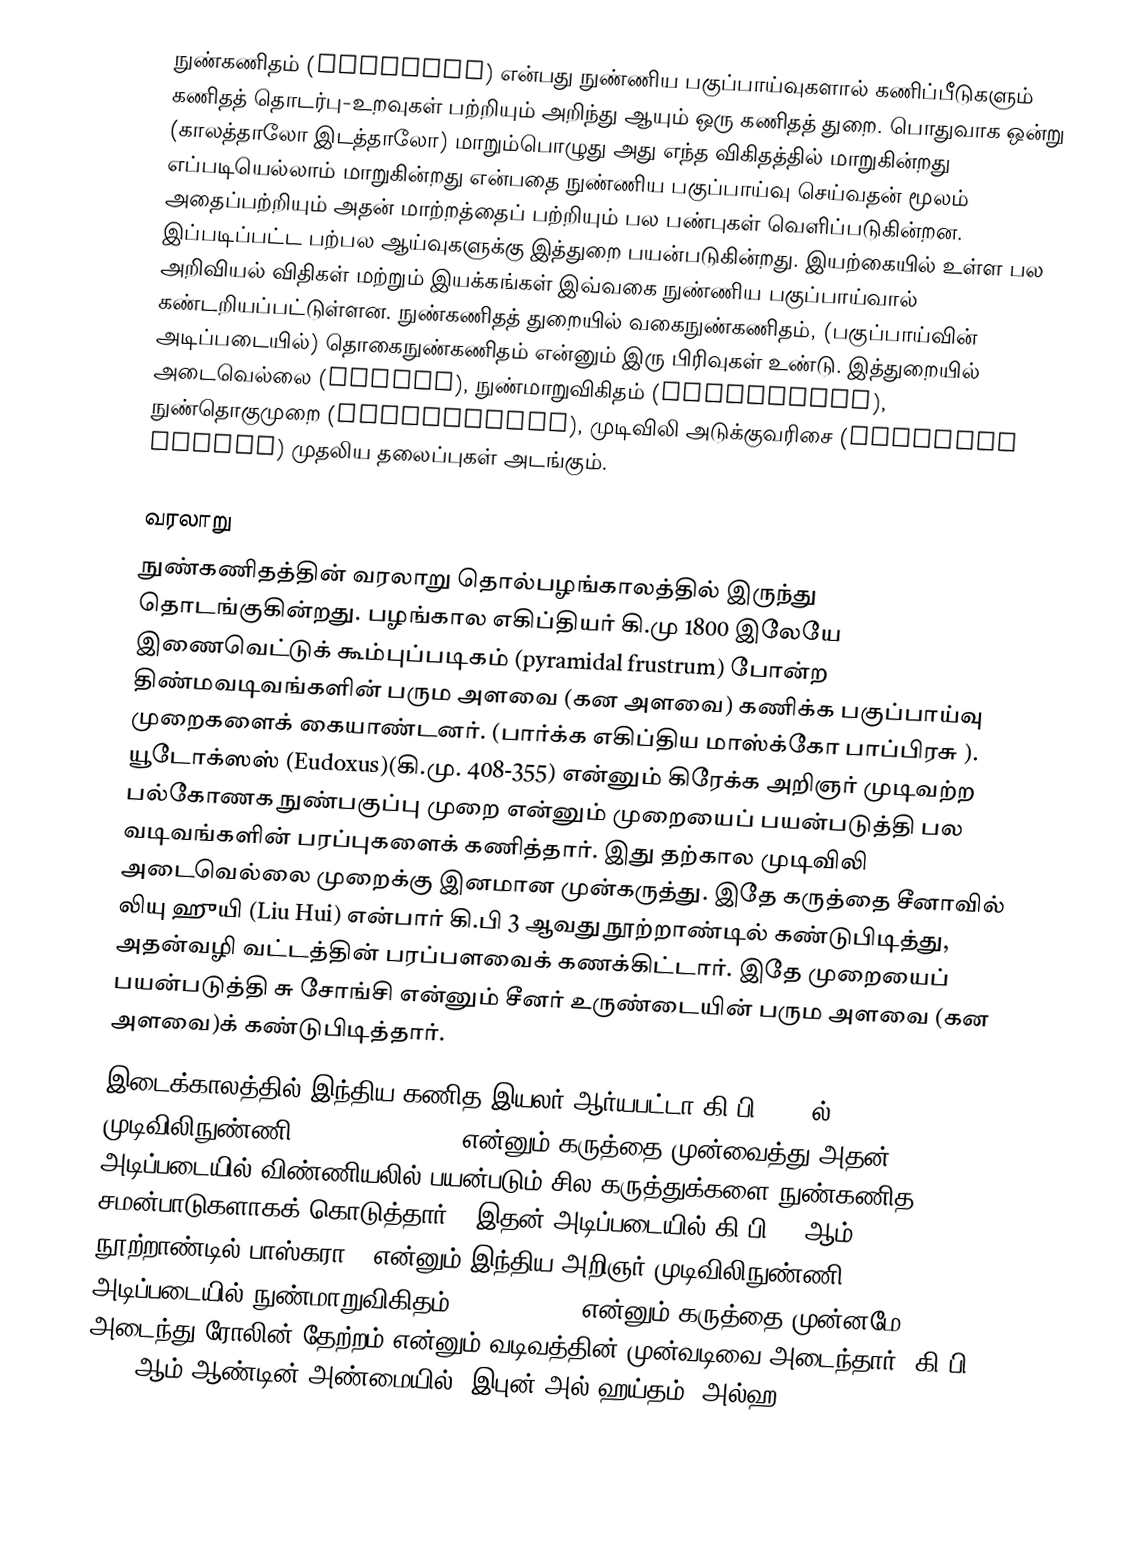
நுண்கணிதம் (Calculus) என்பது நுண்ணிய பகுப்பாய்வுகளால் கணிப்பீடுகளும் கணிதத் தொடர்பு-உறவுகள் பற்றியும் அறிந்து ஆயும் ஒரு கணிதத் துறை. பொதுவாக ஒன்று (காலத்தாலோ இடத்தாலோ) மாறும்பொழுது அது எந்த விகிதத்தில் மாறுகின்றது எப்படியெல்லாம் மாறுகின்றது என்பதை நுண்ணிய பகுப்பாய்வு செய்வதன் மூலம் அதைப்பற்றியும் அதன் மாற்றத்தைப் பற்றியும் பல பண்புகள் வெளிப்படுகின்றன. இப்படிப்பட்ட பற்பல ஆய்வுகளுக்கு இத்துறை பயன்படுகின்றது.  இயற்கையில் உள்ள பல அறிவியல் விதிகள் மற்றும் இயக்கங்கள் இவ்வகை நுண்ணிய பகுப்பாய்வால் கண்டறியப்பட்டுள்ளன. நுண்கணிதத் துறையில் வகைநுண்கணிதம், (பகுப்பாய்வின் அடிப்படையில்) தொகைநுண்கணிதம் என்னும் இரு பிரிவுகள் உண்டு. இத்துறையில் அடைவெல்லை (Limits), நுண்மாறுவிகிதம் (derivative), நுண்தொகுமுறை (integration), முடிவிலி அடுக்குவரிசை (infinite series) முதலிய தலைப்புகள் அடங்கும்.

வரலாறு
நுண்கணிதத்தின் வரலாறு தொல்பழங்காலத்தில் இருந்து தொடங்குகின்றது. பழங்கால எகிப்தியர் கி.மு 1800 இலேயே இணைவெட்டுக் கூம்புப்படிகம் (pyramidal frustrum) போன்ற திண்மவடிவங்களின் பரும அளவை (கன அளவை) கணிக்க பகுப்பாய்வு முறைகளைக் கையாண்டனர். (பார்க்க எகிப்திய மாஸ்க்கோ பாப்பிரசு ). யூடோக்ஸஸ் (Eudoxus)(கி.மு. 408-355) என்னும் கிரேக்க அறிஞர் முடிவற்ற பல்கோணக நுண்பகுப்பு முறை என்னும் முறையைப் பயன்படுத்தி பல வடிவங்களின் பரப்புகளைக் கணித்தார். இது தற்கால முடிவிலி அடைவெல்லை முறைக்கு இனமான முன்கருத்து. இதே கருத்தை சீனாவில் லியு ஹுயி (Liu Hui) என்பார் கி.பி 3 ஆவது நூற்றாண்டில் கண்டுபிடித்து, அதன்வழி வட்டத்தின் பரப்பளவைக் கணக்கிட்டார். இதே முறையைப் பயன்படுத்தி சு சோங்சி என்னும் சீனர் உருண்டையின் பரும அளவை (கன அளவை)க் கண்டுபிடித்தார்.
இடைக்காலத்தில் இந்திய கணித இயலர் ஆர்யபட்டா கி.பி. 499 ல் முடிவிலிநுண்ணி (infinitesimals) என்னும் கருத்தை முன்வைத்து அதன் அடிப்படையில் விண்ணியலில் பயன்படும் சில கருத்துக்களை நுண்கணித சமன்பாடுகளாகக் கொடுத்தார் . இதன் அடிப்படையில் கி.பி 12 ஆம் நூற்றாண்டில் பாஸ்கரா-2 என்னும் இந்திய அறிஞர் முடிவிலிநுண்ணி அடிப்படையில் நுண்மாறுவிகிதம் (derivative) என்னும் கருத்தை முன்னமே அடைந்து ரோலின் தேற்றம் என்னும் வடிவத்தின் முன்வடிவை அடைந்தார். கி.பி 1000 ஆம் ஆண்டின் அண்மையில், இபுன் அல்-ஹய்தம் (அல்ஹ